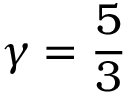
\gamma = \frac { 5 } { 3 }